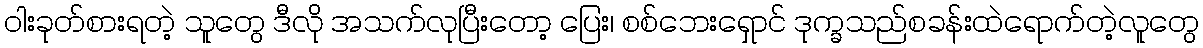
ဝါးခုတ်စားရတဲ့ သူတွေ ဒီလို အသက်လုပြီးတော့ ပြေး၊ စစ်ဘေးရှောင် ဒုက္ခသည်စခန်းထဲရောက်တဲ့လူတွေ